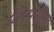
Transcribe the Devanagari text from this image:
विसेन्ज़ा